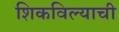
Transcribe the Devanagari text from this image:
शिकविल्याची